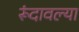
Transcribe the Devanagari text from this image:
रूंदावल्या